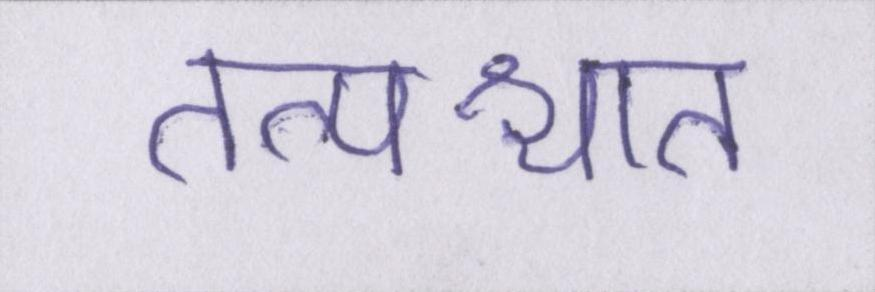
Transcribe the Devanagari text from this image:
तत्पश्चात